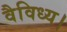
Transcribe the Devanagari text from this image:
वैविध्य।